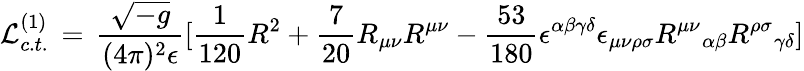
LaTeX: {\cal L}_{c.t.}^{(1)}\, =\, {\frac{\sqrt{-g}}{(4\pi)^{2}\epsilon}}\lbrack{\frac{1}{120}}R^{2}+{\frac{7}{20}}R_{\mu\nu}R^{\mu\nu}-{\frac{53}{180}}\epsilon^{\alpha\beta\gamma\delta}\epsilon_{\mu\nu\rho\sigma}{R^{\mu\nu}}_{\alpha\beta}{R^{\rho\sigma}}_{\gamma\delta}\rbrack